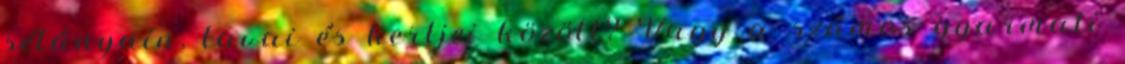
sétányain, tavai és kertjei között? Vagy a számos gyarmati